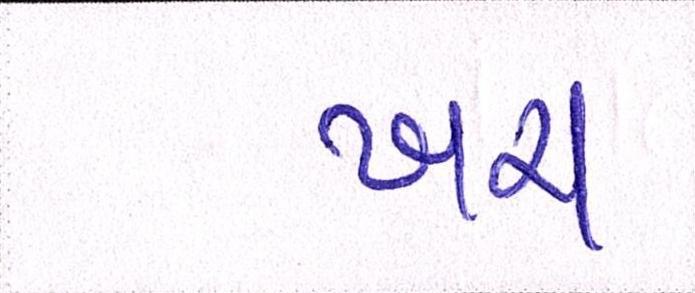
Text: ખરા